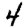
Digit: 4